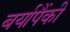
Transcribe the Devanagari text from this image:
बर्यापैंकी